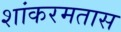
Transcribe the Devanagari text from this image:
शांकरमतास